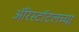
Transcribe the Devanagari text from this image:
ॲरिस्टॉटलच्या